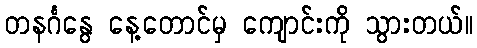
တနင်္ဂနွေ နေ့တောင်မှ ကျောင်းကို သွားတယ်။